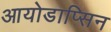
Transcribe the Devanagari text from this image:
आयोडाप्सिन